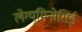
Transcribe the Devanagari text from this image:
लेग्यूमिनोसिई